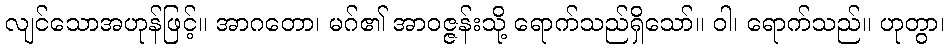
လျင်သောအဟုန်ဖြင့်။ အာဂတော၊ မဂ်၏ အာဝဇ္ဇန်းသို့ ရောက်သည်ရှိသော်။ ဝါ၊ ရောက်သည်။ ဟုတွာ၊